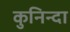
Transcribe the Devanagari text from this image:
कुनिन्दा